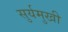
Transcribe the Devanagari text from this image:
सुर्यमुखी